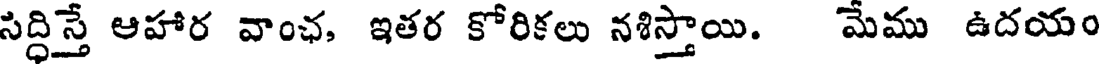
సిద్ధిస్తే ఆహార వాంఛ, ఇతర కోరికలు నశిస్తాయి. మేము ఉదయం